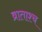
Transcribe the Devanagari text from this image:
व्राताश्च